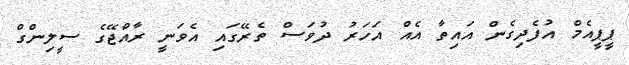
ޕީޕީއެމް އުފެދިގެން އައިތާ އެއް އަހަރު ދުވަސް ތެރޭގައި އެވަނީ ރާއްޖޭގެ ސީލިންގް